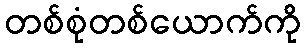
တစ်စုံတစ်ယောက်ကို